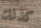
كذلك